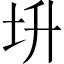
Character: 𡉧